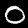
Digit: 0